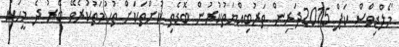
މޯލްޑިވްސް ކަޕް 2015ދަރިން ތަރުބިއްޔަތުކުރުން ބޮޑެތި ކުށްތަކަށް ތުހުމަތުކުރެވޭ ބޭރު ދެ މީހަކު